Scottish Leaving Certificate Examination, 1953
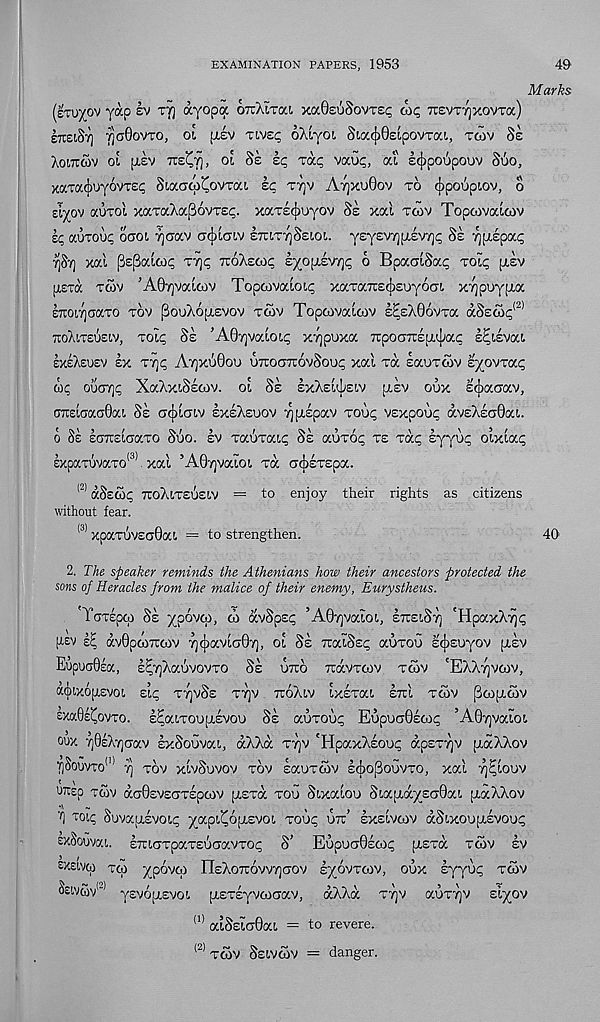
EXAMINATION PAPERS, 1953
49
Marks
(etu^ov yap ev rfj ayopa ottXitou xaOsuSovTSc ax; TCEVTTjxovTa)
etolSt] ycOovTO, ot ptev tivec oXiyoi SixAGsipovTai, tcov Se
Aolxcov ol [jiEV Tcs^Tj, oi Ss sc; Tap vauc, at Icjipoopoov Soo,
xaTaAoyovTE; Siaoqi'CovTaL sc ttjv AtjxuOov to ([ipoupiov, o
slyov aoTol xaTaXaj36vTep. xaTscpoyov Se xal Ttov Topaivatcov
e; aurooc oaot, yoav a^iaiv etulttjSelo!.. yey£V7)pi£V7]p Ss yuspap
7)87] xal pESalaip ttjp iroXscop syojjivyp 6 BpaoiSap Totp pisv
(tetoc twv ’AGyvalaiv Topajvaloip xaTairecjisuyom xypoy^a
etioi,7]craTO tov fiouXoiTsvov tcov Topcovalcov spsXGovTa aSsaSp* 21
TtoXiTEUEiv, Totp 8k ’A07)valot,p X7]puxa 7rpoo7t£u.'vpap s^isvat.
EXEXEUEV EX T7]p A7)XU0OO UTTOGTTOvSoUp Xal Ta EaOTOlV E^OVTap
wp ou(T7]p XaXxiSscov. ol Se exXeGJjelv [aev oux £c[iaaav,
OTELoaaOai Ss aolaw exeXeuov ^ptspav TOup VExpoup avEXsaOaL
o Se EOTCsloaTO Suo. ev TaoTaip Se auTop te Tap eyyop otxlap
sxpaTuvaTO <3) xal ’AG^vaioi Ta oAsTEpa.
(2) aSscop tioXlteuelv = to enjoy their rights as citizens
without fear.
(3) xpaTUVEoGai, = to strengthen.
2. The speaker reminds the Athenians how their ancestors protected the
sons of Heracles from the malice of their enemy, Eurystheus.
'YoTEpcp Se ypovai, d> avSpsp ’AGyvatoi, etteiSt] 'HpaxX^p
(asv
dvGpaiTiaiv Tj^avlaGY), ol Se TratSsp auTOu scjisuyov ptEV
EupuaGsa, E^7]XaovovTO Ss utto TrdvTOiv Ttov 'EXXtjvcov,
ailXOptEVOI. sip ttjvSe T7]V TroXtV IxETat ettI Ttov p to pi tov
sxaQsitovTo. E^aiTOupiEVOu Se auTOup EupoaGstop ’AGyjvaioi
oux 7]0£X7]Gav IxSouvai, dXXd ttjv 'HpaxXsoop dpETTjv pidXXov
7]Soovto (1) t] tov xlvSuvov tov saoTtov l^opouvTO, xal ^touv
UTtEp tcov doGsvEOTEptov pisTa too Sixaloo Siapid^saGai piaXXov
TOI'P Suvapisvoip ^api^opiEVoi Toop ore’ Ixslvtov dSixoupiEVOop
SxSoGvai. ETUCTTpaTEOaaVTOp S’ EupUCT0£tOp plETa Ttov EV
tXEIVCp TCO ypovcp nsXoTTOVVTjOOV EyOVTtOV, oux syyup Ttov
Sewcov 1 " 1 y£v6[j,Evoi piETsyvtoaav, dXXd ttjv auTTjv elyov
(1) aiSsiaGai = to revere.
(2) tcov SsiVtov = danger.
40